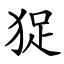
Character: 㹱